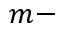
m -